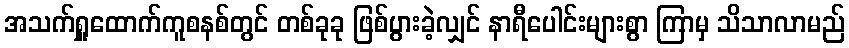
အသက်ရှူထောက်ကူစနစ်တွင် တစ်ခုခု ဖြစ်ပွားခဲ့လျှင် နာရီပေါင်းများစွာ ကြာမှ သိသာလာမည်